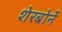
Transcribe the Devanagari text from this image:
शेरबोर्ने